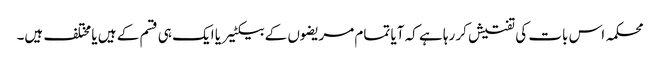
محکمہ اس بات کی تفتیش کر رہا ہے کہ آیا تمام مریضوں کے بیکٹیریا ایک ہی قسم کے ہیں یا مختلف ہیں۔